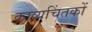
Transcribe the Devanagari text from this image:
काव्यचिंतकों